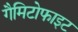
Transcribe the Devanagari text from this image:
गैमिटोफाइट